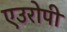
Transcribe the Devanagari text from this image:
एउरोपी